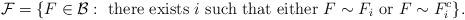
LaTeX: \begin{align*}\mathcal{F} = \{ F\in \mathcal{B}:\mbox{ there exists $i$ such that either } F\sim F_i\mbox{ or } F\sim F_i^c \} . \end{align*}